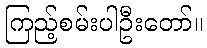
ကြည့်စမ်းပါဦးတော်။